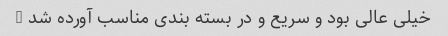
خیلی عالی بود و سریع و در بسته بندی مناسب آورده شد …